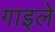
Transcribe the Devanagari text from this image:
गाइले